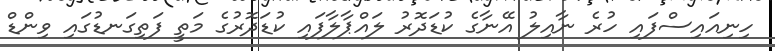
ހިނިއައިސްފައި ހުރެ ނާއިލު އޭނާގެ ކުޑަދޮރު ލައްޕާލާފައި ކުޑަދޮރުގެ މަތީ ފަތިގަނޑުގައި ވިންޑް